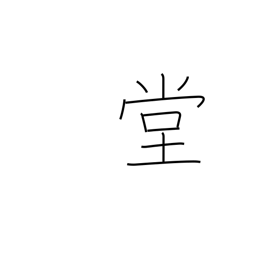
Meaning: public chamber